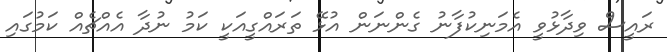
ރައީސް ވިދާޅުވީ އެމަނިކުފާނު ގެންނަން އުޅޭ ތަރައްގީއަކީ ކަމު ނުދާ އެއްޗެއް ކަމުގައި